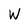
Character: W